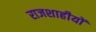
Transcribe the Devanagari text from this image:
राजशाहीयों